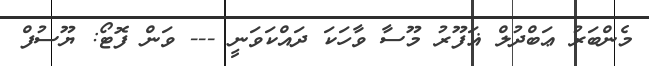
މެންބަރު ޢަބްދުލް ޣަފޫރު މޫސާ ވާހަކަ ދައްކަވަނީ --- ވަން ފޮޓޯ: ޔޫސުފް